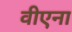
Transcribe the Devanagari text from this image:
वीएना